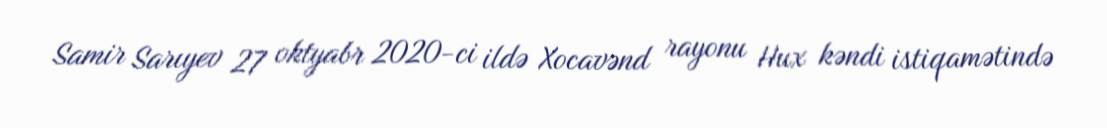
Samir Sarıyev 27 oktyabr 2020-ci ildə Xocavənd rayonu Hux kəndi istiqamətində